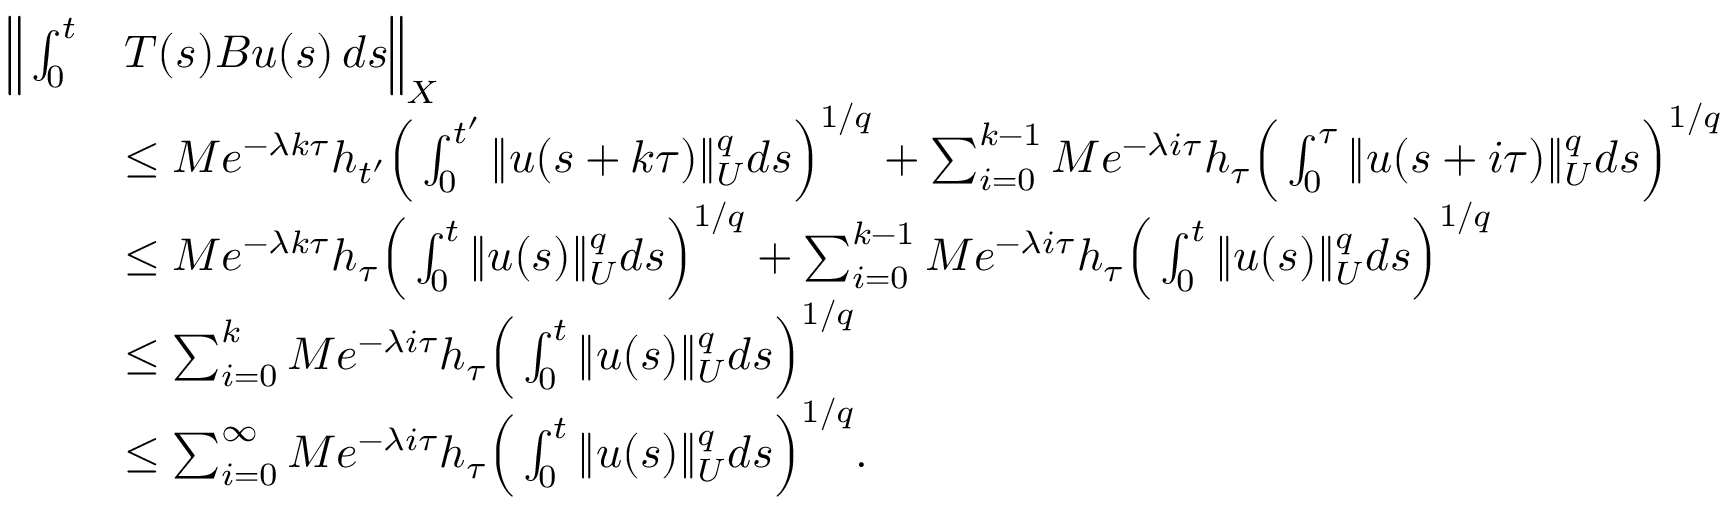
\begin{array} { r l } { \Big \| \int _ { 0 } ^ { t } } & { T ( s ) B u ( s ) \, d s \Big \| _ { X } } \\ & { \leq M e ^ { - \lambda k \tau } h _ { t ^ { \prime } } \Big ( \int _ { 0 } ^ { t ^ { \prime } } \| u ( s + k \tau ) \| _ { U } ^ { q } d s \Big ) ^ { 1 / q } + \sum _ { i = 0 } ^ { k - 1 } M e ^ { - \lambda i \tau } h _ { \tau } \Big ( \int _ { 0 } ^ { \tau } \| u ( s + i \tau ) \| _ { U } ^ { q } d s \Big ) ^ { 1 / q } } \\ & { \leq M e ^ { - \lambda k \tau } h _ { \tau } \Big ( \int _ { 0 } ^ { t } \| u ( s ) \| _ { U } ^ { q } d s \Big ) ^ { 1 / q } + \sum _ { i = 0 } ^ { k - 1 } M e ^ { - \lambda i \tau } h _ { \tau } \Big ( \int _ { 0 } ^ { t } \| u ( s ) \| _ { U } ^ { q } d s \Big ) ^ { 1 / q } } \\ & { \leq \sum _ { i = 0 } ^ { k } M e ^ { - \lambda i \tau } h _ { \tau } \Big ( \int _ { 0 } ^ { t } \| u ( s ) \| _ { U } ^ { q } d s \Big ) ^ { 1 / q } } \\ & { \leq \sum _ { i = 0 } ^ { \infty } M e ^ { - \lambda i \tau } h _ { \tau } \Big ( \int _ { 0 } ^ { t } \| u ( s ) \| _ { U } ^ { q } d s \Big ) ^ { 1 / q } . } \end{array}